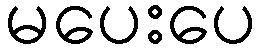
မပေးပေ